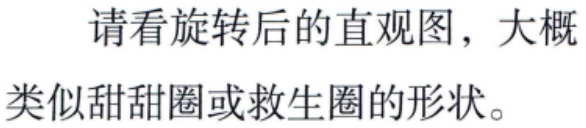
请看旋转后的直观图，大概类似甜甜圈或救生圈的形状。